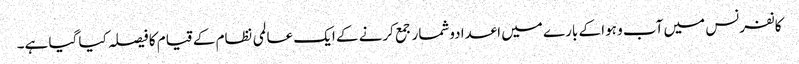
کانفرنس میں آب و ہوا کے بارے میں اعدادوشمار جمع کرنے کے ایک عالمی نظام کے قیام کا فیصلہ کیا گیا ہے۔